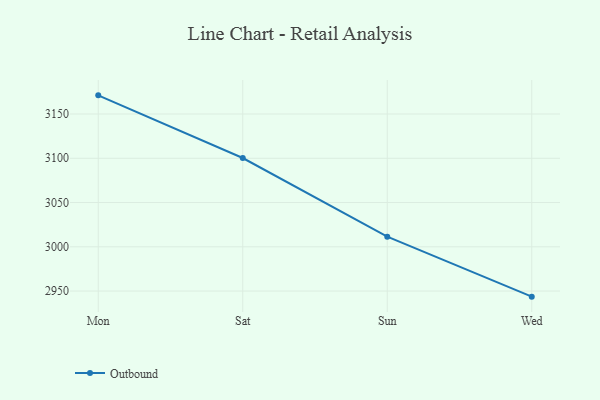
{"axis": {"x": "Day", "y": "Demand Index"}, "legend": ["Outbound"], "data": [{"x": "Mon", "y": 3171.1, "type": "Outbound"}, {"x": "Sat", "y": 3100.3, "type": "Outbound"}, {"x": "Sun", "y": 3011.5, "type": "Outbound"}, {"x": "Wed", "y": 2943.7, "type": "Outbound"}]}